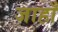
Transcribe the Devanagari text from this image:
जाहाँ